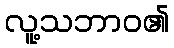
လူ့သဘာဝ၏